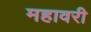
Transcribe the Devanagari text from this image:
महावरी